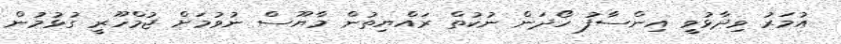
އުމަރު ވިދާޅުވީ އިންސާފު ހޯދަން ނުކުތް ރައްޔިތުން މާޔޫސް ނުވުމަށް ޖުމްހޫރީ ގުޅުމުން